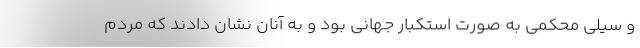
و سیلی محکمی به صورت استکبار جهانی بود و به آنان نشان دادند که مردم